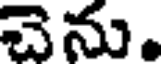
చెను.